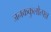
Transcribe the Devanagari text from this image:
जनककुलोत्पन्न